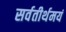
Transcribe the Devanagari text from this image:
सर्वतीर्थमयं